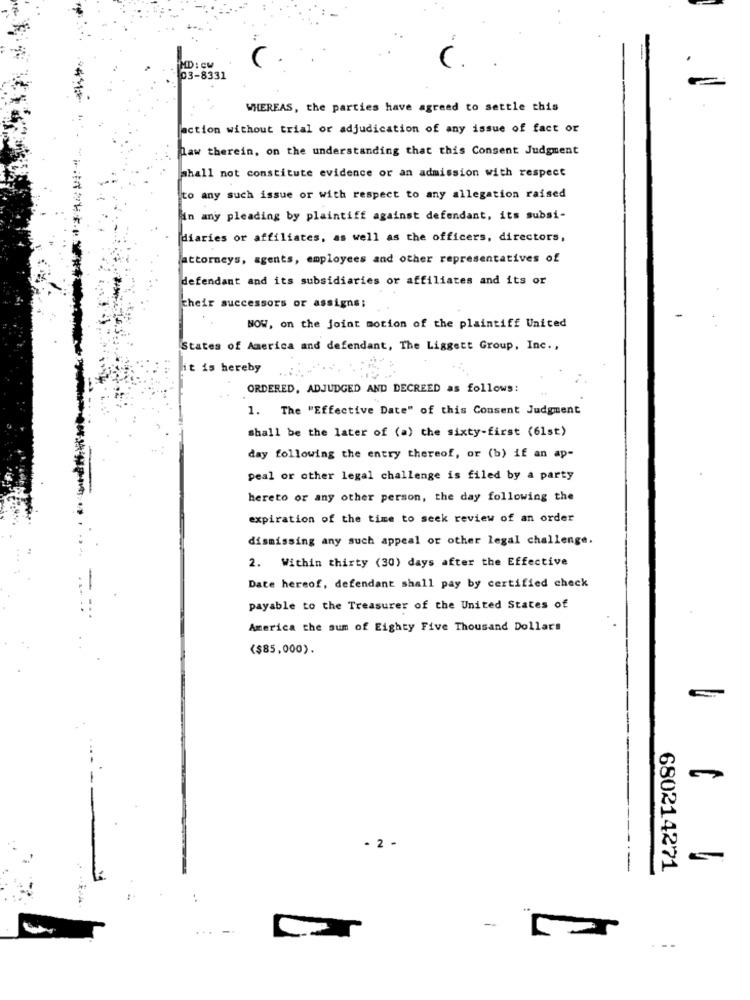
MD : cw
03-8331
WHEREAS, the parties have agreed to settle this
action without trial or adjudication of any issue of fact or
law therein, on the understanding that this Consent Judgment
shall not constitute evidence or an admission with respect
to any such issue or with respect to any allegation raised
in any pleading by plaintiff against defendant, its subsi-
[diaries or affiliates, as well as the officers, directors,
lattorneys, agents, employees and other representatives of
defendant and its subsidiaries or affiliates and its or
their successors or assigns;
NOW, on the joint motion of the plaintiff United
States of America and defendant, The Liggett Group, Inc .,
it is hereby
ORDERED, ADJUDGED AND DECREED as follows:
1. The "Effective Date" of this Consent Judgment
shall be the later of (a) the sixty-first (61st)
day following the entry thereof, or (b) if an ap-
peal or other legal challenge is filed by a party
hereto or any other person, the day following the
expiration of the time to seek review of an order
dismissing any such appeal or other legal challenge.
2. Within thirty (30) days after the Effective
Date hereof, defendant shall pay by certified check
payable to the Treasurer of the United States of
America the sum of Eighty Five Thousand Dollars
($85,000).
- 2 .
680214271
--